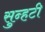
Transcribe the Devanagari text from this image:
सुन्हटी